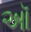
ઑ